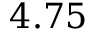
4 . 7 5